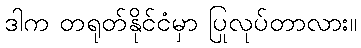
ဒါက တရုတ်နိုင်ငံမှာ ပြုလုပ်တာလား။